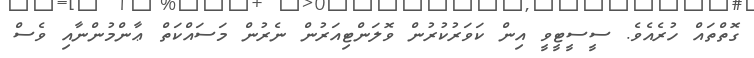
ގޮތްތައް ހުރެއެވެ. ސީސީޓީވީ އިން ކަވަރުކުރުން ވޮލަންޓިއަރުން ނެރުން މަސައްކަތް ޢާންމުންނާއި ވެސް